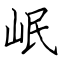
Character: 岷